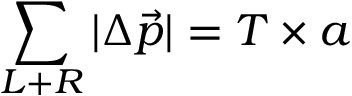
\sum _ { L + R } | \Delta \vec { p } | = T \times a